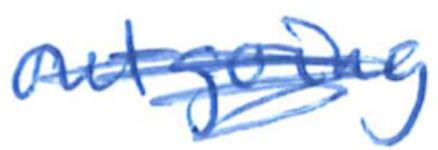
Text: outgoing
Cross-out: mix
Writing tool: ballpoint